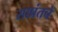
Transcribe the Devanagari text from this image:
साप्रंतचे